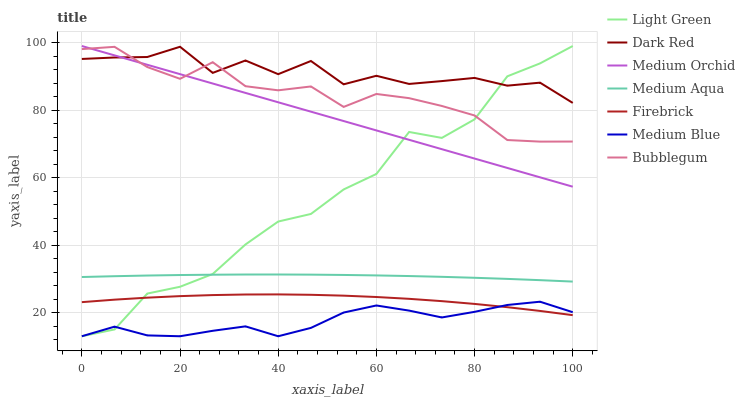
| xaxis_label | Light Green | Dark Red | Medium Orchid | Medium Aqua | Firebrick | Medium Blue | Bubblegum |
 | --- | --- | --- | --- | --- | --- | --- | --- |
 | 0 | 13 | 95.2 | 99 | 30.6 | 23.1 | 13 | 98.1 |
 | 6.67 | 15 | 95.6 | 96.2 | 30.8 | 23.8 | 15.8 | 98.8 |
 | 13.3 | 25.6 | 95.7 | 93.4 | 31 | 24.4 | 13.3 | 92.8 |
 | 20 | 27.7 | 98.8 | 90.7 | 31.1 | 24.9 | 13 | 89.3 |
 | 26.7 | 31.4 | 91 | 87.9 | 31.2 | 25.2 | 14.6 | 94.2 |
 | 33.3 | 40.2 | 94.7 | 85.1 | 31.3 | 25.4 | 15.9 | 87.1 |
 | 40 | 47 | 90.7 | 82.3 | 31.3 | 25.4 | 13 | 85.9 |
 | 46.7 | 49.2 | 94.6 | 79.5 | 31.3 | 25.3 | 15.5 | 87 |
 | 53.3 | 56.5 | 87.7 | 76.8 | 31.2 | 25 | 20 | 81 |
 | 60 | 61.1 | 90.2 | 74 | 31 | 24.6 | 22.1 | 84.8 |
 | 66.7 | 73.5 | 87.8 | 71.2 | 30.8 | 24.1 | 20.6 | 83.5 |
 | 73.3 | 71.8 | 88.6 | 68.4 | 30.6 | 23.4 | 18.6 | 81.2 |
 | 80 | 77.3 | 89.5 | 65.7 | 30.3 | 22.6 | 20.2 | 78.4 |
 | 86.7 | 90 | 87.3 | 62.9 | 30 | 21.6 | 22.3 | 71.1 |
 | 93.3 | 93.8 | 88.1 | 60.1 | 29.6 | 20.5 | 23.2 | 70.7 |
 | 100 | 99 | 82.1 | 57.3 | 29.2 | 19.3 | 20.1 | 70.7 |